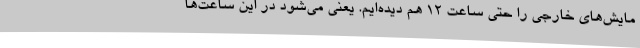
مایش‌های خارجی را حتی ساعت 12 هم دیده‌ایم. یعنی می‌شود در این ساعت‌ها